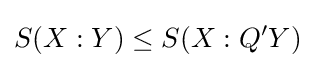
S(X:Y)\leq S(X:Q'Y)